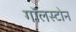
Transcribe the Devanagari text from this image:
गॉलस्टोन